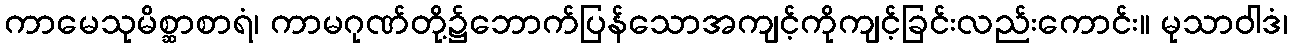
ကာမေသုမိစ္ဆာစာရံ၊ ကာမဂုဏ်တို့၌ဘောက်ပြန်သောအကျင့်ကိုကျင့်ခြင်းလည်းကောင်း။ မုသာဝါဒံ၊